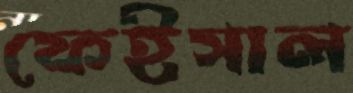
ফেইসাল